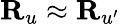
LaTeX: {\mathbf R}_{u}\approx{\mathbf R}_{u^{\prime}}